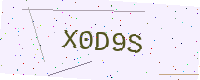
Text: X0D9S